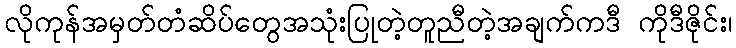
လိုကုန်အမှတ်တံဆိပ်တွေအသုံးပြုတဲ့တူညီတဲ့အချက်ကဒီ ကိုဒီဇိုင်း၊